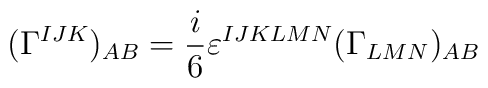
(\Gamma ^{IJK})_{AB} = \frac{i}{6}\varepsilon ^{IJKLMN} (\Gamma_{LMN})_{AB}